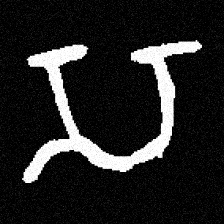
Pyu character \u2014 Myanmar letter: သ (romanized: sa)